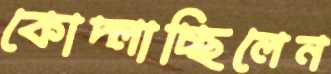
কোদ্‌লাচ্ছিলেন